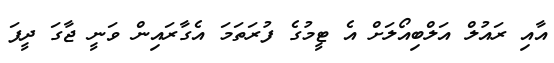
އާއި ރައުލް އަލްބިއޯލަށް އެ ޓީމުގެ ފުރަތަމަ އެގާރައިން ވަނީ ޖާގަ ދީފަ